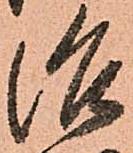
治